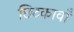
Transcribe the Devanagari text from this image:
छिटकावाँ